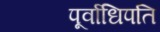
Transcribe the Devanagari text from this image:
पूर्वाधिपति